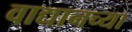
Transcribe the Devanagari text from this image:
वाद्यानच्या